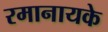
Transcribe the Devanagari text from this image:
रमानायके